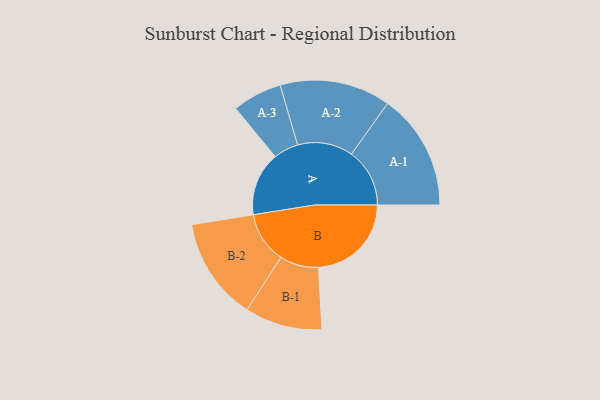
{"axis": {"x": "Segment", "y": "Value"}, "legend": ["", "A", "B"], "data": [{"x": "A", "y": 313, "type": ""}, {"x": "B", "y": 456, "type": ""}, {"x": "A-1", "y": 286, "type": "A"}, {"x": "A-2", "y": 272, "type": "A"}, {"x": "A-3", "y": 122, "type": "A"}, {"x": "B-1", "y": 190, "type": "B"}, {"x": "B-2", "y": 252, "type": "B"}]}